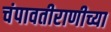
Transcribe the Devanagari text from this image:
चंपावतीराणीच्या